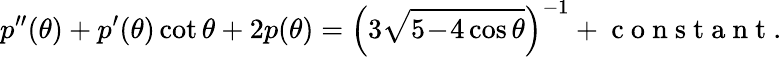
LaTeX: p^{\prime\prime}(\theta)+p^{\prime}(\theta)\cot\theta+2p(\theta)=\Big(3\sqrt{5\! -\! 4\cos\theta}\Big)^{-1}+\mathrm{~c~o~n~s~t~a~n~t~}.